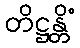
တိဋ္ဌန္တိံ